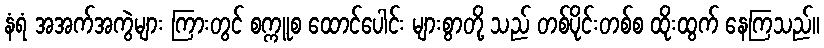
နံရံ အအက်အကွဲများ ကြားတွင် စက္ကူစ ထောင်ပေါင်း များစွာတို့ သည် တစ်ပိုင်းတစ်စ ထိုးထွက် နေကြသည်။